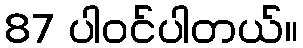
87 ပါ၀င်ပါတယ်။